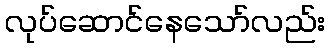
လုပ်ဆောင်နေသော်လည်း